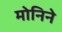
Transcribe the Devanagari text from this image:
मोनिने